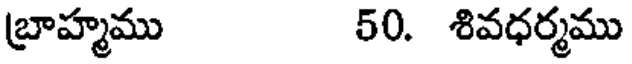
బ్రాహ్మము 50. శివధర్మము